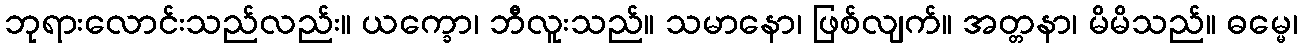
ဘုရားလောင်းသည်လည်း။ ယက္ခော၊ ဘီလူးသည်။ သမာနော၊ ဖြစ်လျက်။ အတ္တနာ၊ မိမိသည်။ ဓမ္မေ၊